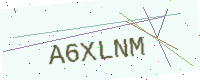
Text: A6XLNM